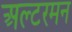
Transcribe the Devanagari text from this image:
अल्टरमन